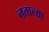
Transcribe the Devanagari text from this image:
नताल्या